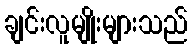
ချင်းလူမျိုးများသည်